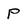
Character: P